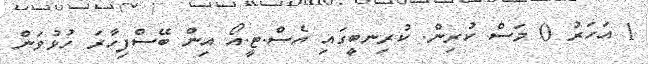
1 އަހަރު 0 މަސް ކުރިން. ކުރިނބީގައި އެސް.ޓީ.އޯ އިން ބޭސްފިހާރަ ހުޅުވަން